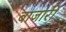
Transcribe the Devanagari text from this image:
बाजारीं